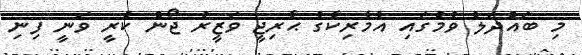
މި ބައްދަލު ވުމުގައި އެމެރިކާގެ ޙާރިޖީ ވަޒީރު ޖޯން ކެރީ ވަނީ ފިނި